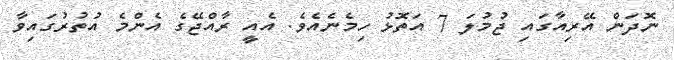
ނޮދަން އޭރިއާގައި ޖުމުލަ 7 އަތޮޅު ހިމެނެއެވެ. އެއީ ރާއްޖޭގެ އެންމެ އުތުރުގައިވާ